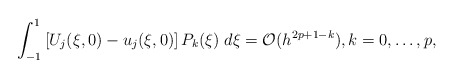
\begin{align*}\int_{-1}^1 \left[U_j(\xi,0) - u_j(\xi,0)\right]P_k(\xi) \; d\xi = \mathcal{O}(h^{2p+1-k}), k = 0, \ldots, p, \end{align*}